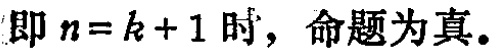
即 \(n = k + 1\) 时，命题为真。